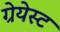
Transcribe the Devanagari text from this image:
ग्रेयेस्ट